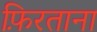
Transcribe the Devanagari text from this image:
फ़िरताना